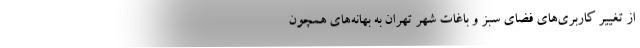
از تغییر کاربری‌های فضای سبز و باغات شهر تهران به بهانه‌های همچون